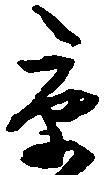
京